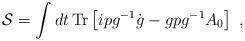
LaTeX: \begin{align*}{\cal S}=\int dt\, {\rm Tr} \left[i p g^{-1} \dot{g} - gpg^{-1}A_0\right]~,\end{align*}